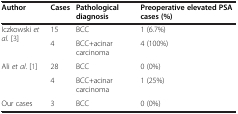
| Author | Cases | Pathological diagnosis | Preoperative elevated PSA cases (%) |
 | --- | --- | --- | --- |
 | <ROWSPAN=2> Iczkowski et al. [3] | 15 | BCC | 1 (6.7%) |
 | 4 | BCC+acinar carcinoma | 4 (100%) |
 | <ROWSPAN=2> Ali et al. [1] | 28 | BCC | 0 (0%) |
 | 4 | BCC+acinar carcinoma | 1 (25%) |
 | Our cases | 3 | BCC | 0 (0%) |